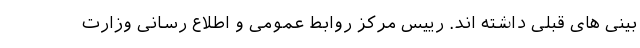
بینی های قبلی داشته اند. رییس مرکز روابط عمومی و اطلاع رسانی وزارت